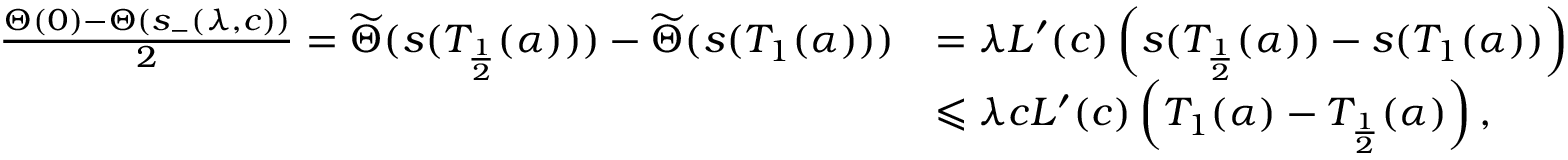
\begin{array} { r l } { \frac { { \Theta } ( 0 ) - { \Theta } ( s _ { - } ( \lambda , c ) ) } 2 = \widetilde { \Theta } ( s ( T _ { \frac 1 2 } ( \alpha ) ) ) - \widetilde { \Theta } ( s ( T _ { 1 } ( \alpha ) ) ) } & { = \lambda L ^ { \prime } ( c ) \left( s ( T _ { \frac 1 2 } ( \alpha ) ) - s ( T _ { 1 } ( \alpha ) ) \right) } \\ & { \leqslant \lambda c L ^ { \prime } ( c ) \left( T _ { 1 } ( \alpha ) - T _ { \frac 1 2 } ( \alpha ) \right) , } \end{array}